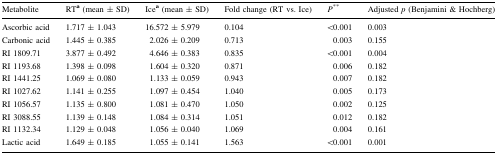
<table><thead><tr><td><b>Metabolite</b></td><td><b>RT<sup>a</sup> (mean ± SD)</b></td><td><b>Ice<sup>a</sup> (mean ± SD)</b></td><td><b>Fold change (RT vs. Ice)</b></td><td><b><i>P</i><sup>**</sup></b></td><td><b>Adjusted <i>p</i> (Benjamini &amp; Hochberg)</b></td></tr></thead><tbody><tr><td>Ascorbic acid</td><td>1.717 ± 1.043</td><td>16.572 ± 5.979</td><td>0.104</td><td>&lt;0.001</td><td>0.003</td></tr><tr><td>Carbonic acid</td><td>1.445 ± 0.385</td><td>2.026 ± 0.209</td><td>0.713</td><td>0.003</td><td>0.155</td></tr><tr><td>RI 1809.71</td><td>3.877 ± 0.492</td><td>4.646 ± 0.383</td><td>0.835</td><td>&lt;0.001</td><td>0.004</td></tr><tr><td>RI 1193.68</td><td>1.398 ± 0.098</td><td>1.604 ± 0.320</td><td>0.871</td><td>0.006</td><td>0.182</td></tr><tr><td>RI 1441.25</td><td>1.069 ± 0.080</td><td>1.133 ± 0.059</td><td>0.943</td><td>0.007</td><td>0.182</td></tr><tr><td>RI 1027.62</td><td>1.141 ± 0.255</td><td>1.097 ± 0.454</td><td>1.040</td><td>0.005</td><td>0.173</td></tr><tr><td>RI 1056.57</td><td>1.135 ± 0.800</td><td>1.081 ± 0.470</td><td>1.050</td><td>0.002</td><td>0.125</td></tr><tr><td>RI 3088.55</td><td>1.139 ± 0.148</td><td>1.084 ± 0.314</td><td>1.051</td><td>0.012</td><td>0.182</td></tr><tr><td>RI 1132.34</td><td>1.129 ± 0.048</td><td>1.056 ± 0.040</td><td>1.069</td><td>0.004</td><td>0.161</td></tr><tr><td>Lactic acid</td><td>1.649 ± 0.185</td><td>1.055 ± 0.141</td><td>1.563</td><td>&lt;0.001</td><td>0.001</td></tr></tbody></table>